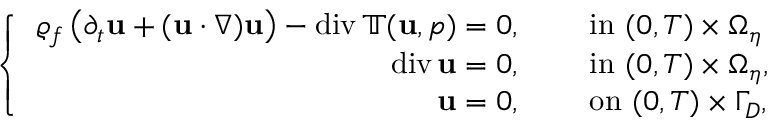
\left\{ \begin{array} { r l } { \varrho _ { f } \left( \partial _ { t } \mathbf { u } + ( \mathbf { u } \cdot \nabla ) \mathbf { u } \right) - \mathrm { d i v } \, \mathbb { T } ( \mathbf { u } , p ) = 0 , } & { \quad \mathrm { ~ i n ~ } ( 0 , T ) \times \Omega _ { \eta } } \\ { \mathrm { d i v } \, \mathbf { u } = 0 , } & { \quad \mathrm { ~ i n ~ } ( 0 , T ) \times \Omega _ { \eta } , } \\ { \mathbf { u } = 0 , } & { \quad \mathrm { ~ o n ~ } ( 0 , T ) \times \Gamma _ { D } , } \end{array} \right.